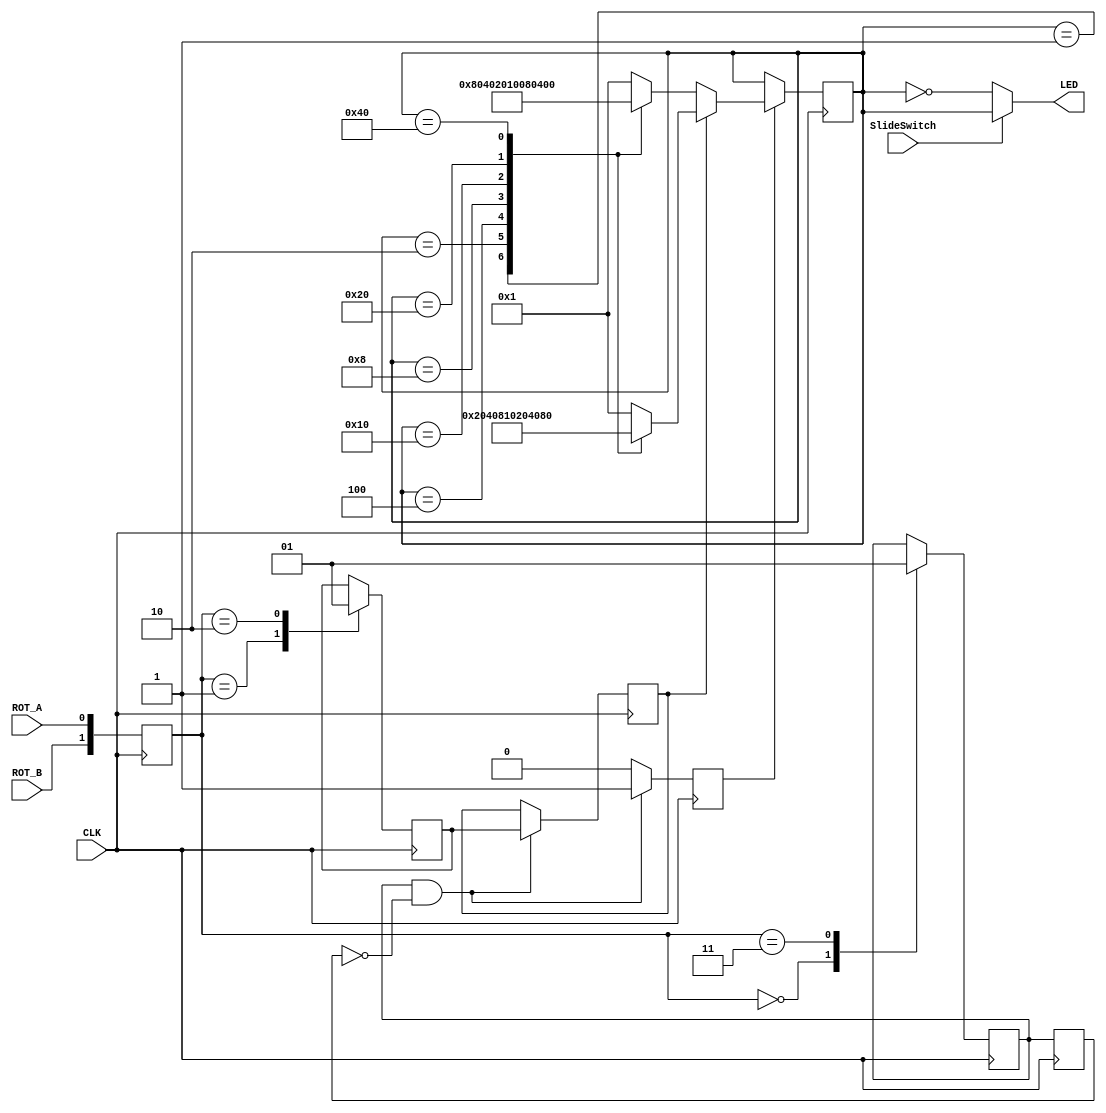
`timescale 1ns / 1ps
//////////////////////////////////////////////////////////////////////////////////
// Company: 
// Engineer: 
// 
// Design Name: 
// Module Name:    RotaryLED 
// Project Name: 
// Target Devices: 
// Tool versions: 
// Description: 
//
// Dependencies: 
//
// Revision: 
// Revision 0.01 - File Created
// Additional Comments: 
//
//////////////////////////////////////////////////////////////////////////////////
module RotaryLED (
    output reg [7:0] LED,
    input ROT_A, ROT_B,
    input SlideSwitch,
    input CLK
    );

    reg [7:0] state;
    reg [1:0] rotary_in;
    reg rotary_event, rotary_left;
    reg rotary_q1, rotary_q2, delay_rotary_q1;

    parameter S0 = 8'b0000_0001;
    parameter S1 = 8'b0000_0010;
    parameter S2 = 8'b0000_0100;
    parameter S3 = 8'b0000_1000;
    parameter S4 = 8'b0001_0000;
    parameter S5 = 8'b0010_0000;
    parameter S6 = 8'b0100_0000;
    parameter S7 = 8'b1000_0000;

    always @ ( * ) begin
        if (SlideSwitch)
            LED <= state;
        else
            LED <= ~state;
    end

    always @ (posedge CLK) begin
        if (rotary_event) begin
            if (rotary_left) begin
                case (state)
                    S0: state <= S1;
                    S1: state <= S2;
                    S2: state <= S3;
                    S3: state <= S4;
                    S4: state <= S5;
                    S5: state <= S6;
                    S6: state <= S7;
                    S7: state <= S0;
                    default: state <= S0;
                endcase
            end else begin
                case (state)
                    S0: state <= S7;
                    S1: state <= S6;
                    S2: state <= S5;
                    S3: state <= S4;
                    S4: state <= S3;
                    S5: state <= S2;
                    S6: state <= S1;
                    S7: state <= S0;
                    default: state <= S0;
                endcase
            end
        end
    end

    always @( posedge CLK ) begin : rotary_filter
        // concatinate rotary input signals to form vector for case construct.
        rotary_in <= {ROT_B, ROT_A};

        case (rotary_in)
            2'b00: rotary_q1 <= 1'b0;
            2'b01: rotary_q2 <= 1'b0;
            2'b10: rotary_q2 <= 1'b1;
            2'b11: rotary_q1 <= 1'b1;
            default: begin
                rotary_q1 <= 1'b0;
                rotary_q2 <= 1'b0;
            end
        endcase
    end

    always @ (posedge CLK ) begin : direction
        delay_rotary_q1 <= rotary_q1;

        if ( rotary_q1 && (!delay_rotary_q1) ) begin
            rotary_event <= 1'b1;
            rotary_left <= rotary_q2;
        end else begin
            rotary_event <= 1'b0;
        end
    end

endmodule // RotaryLED